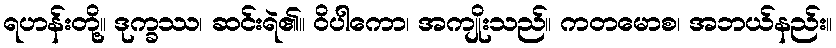
ရဟန်းတို့။ ဒုက္ခဿ၊ ဆင်းရဲ၏။ ဝိပါကော၊ အကျိုးသည်။ ကတမောစ၊ အဘယ်နည်း။